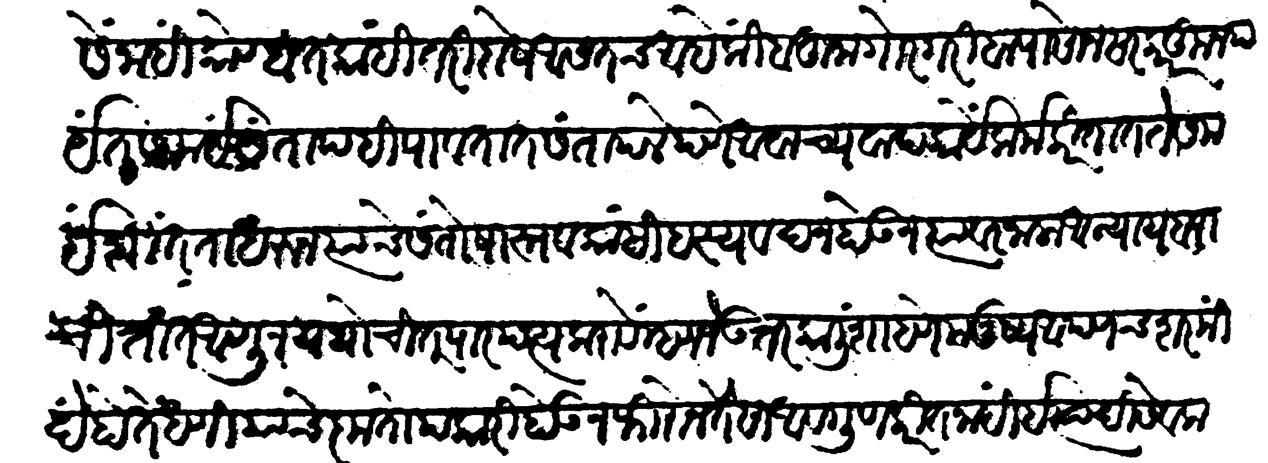
Transliteration (Devanagari): यैसें नाहीं कोण्हांत कांही तरी दोष आसतच आहे किंबहुना गोरगरिबा पासोन सरकारकून पर्यंत समयीं संतापहि पावतात संतापलेपणें अवाच्य वाद कार्ये कर्म करितात ते समयीं शांतता धरुन त्यांचे संतोषास्तव कांही हस्यवदन होऊन त्यावर जाला अन्याय बरा चित्तांत आणून यथोचित पारपत्य करावे म्हणजे उत्तर काली शाहणें मनुष्य आपणच शरमीदे होते धणियाचें कृतोपकारी होऊन फिरोन तैसा आवगुण करीत नाही इत्यादि सेवक